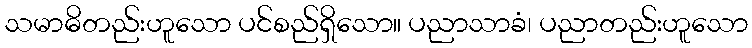
သမာဓိတည်းဟူသော ပင်စည်ရှိသော။ ပညာသာခံ၊ ပညာတည်းဟူသော